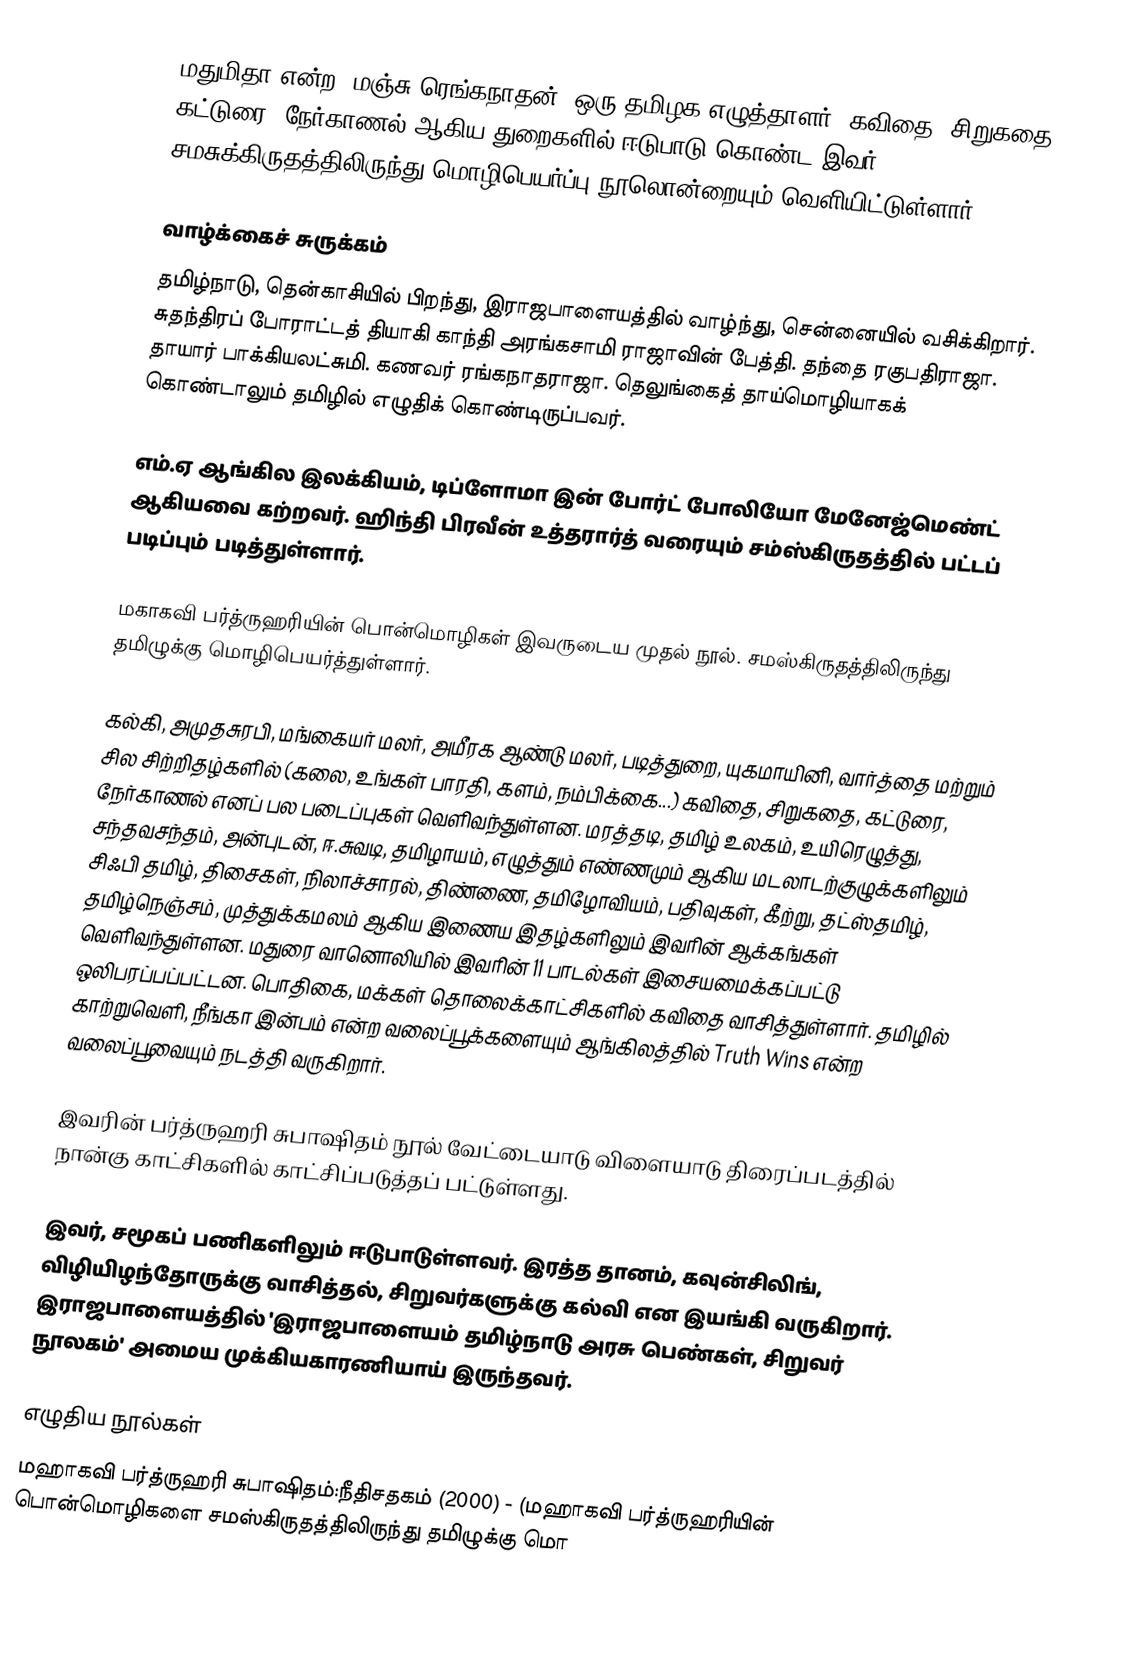
மதுமிதா என்ற "மஞ்சு ரெங்கநாதன்" ஒரு தமிழக எழுத்தாளர். கவிதை, சிறுகதை, கட்டுரை, நேர்காணல் ஆகிய துறைகளில் ஈடுபாடு கொண்ட இவர். சமசுக்கிருதத்திலிருந்து மொழிபெயர்ப்பு நூலொன்றையும் வெளியிட்டுள்ளார்.

வாழ்க்கைச் சுருக்கம்
தமிழ்நாடு, தென்காசியில் பிறந்து, இராஜபாளையத்தில் வாழ்ந்து, சென்னையில் வசிக்கிறார். சுதந்திரப் போராட்டத் தியாகி காந்தி அரங்கசாமி ராஜாவின் பேத்தி. தந்தை ரகுபதிராஜா. தாயார் பாக்கியலட்சுமி. கணவர் ரங்கநாதராஜா. தெலுங்கைத் தாய்மொழியாகக் கொண்டாலும் தமிழில் எழுதிக் கொண்டிருப்பவர்.

எம்.ஏ ஆங்கில இலக்கியம், டிப்ளோமா இன் போர்ட் போலியோ மேனேஜ்மெண்ட் ஆகியவை கற்றவர். ஹிந்தி பிரவீன் உத்தரார்த் வரையும் சம்ஸ்கிருதத்தில் பட்டப் படிப்பும் படித்துள்ளார்.

மகாகவி பர்த்ருஹரியின் பொன்மொழிகள் இவருடைய முதல் நூல். சமஸ்கிருதத்திலிருந்து தமிழுக்கு மொழிபெயர்த்துள்ளார்.

கல்கி, அமுதசுரபி, மங்கையர் மலர், அமீரக ஆண்டு மலர், படித்துறை, யுகமாயினி, வார்த்தை மற்றும் சில சிற்றிதழ்களில் (கலை, உங்கள் பாரதி, களம், நம்பிக்கை...) கவிதை, சிறுகதை, கட்டுரை, நேர்காணல் எனப் பல படைப்புகள் வெளிவந்துள்ளன. மரத்தடி, தமிழ் உலகம், உயிரெழுத்து, சந்தவசந்தம், அன்புடன், ஈ.சுவடி, தமிழாயம், எழுத்தும் எண்ணமும் ஆகிய மடலாடற்குழுக்களிலும் சிஃபி தமிழ், திசைகள், நிலாச்சாரல், திண்ணை, தமிழோவியம், பதிவுகள், கீற்று, தட்ஸ்தமிழ், தமிழ்நெஞ்சம், முத்துக்கமலம் ஆகிய இணைய இதழ்களிலும் இவரின் ஆக்கங்கள் வெளிவந்துள்ளன. மதுரை வானொலியில் இவரின் 11 பாடல்கள் இசையமைக்கப்பட்டு ஒலிபரப்பப்பட்டன. பொதிகை, மக்கள் தொலைக்காட்சிகளில் கவிதை வாசித்துள்ளார். தமிழில் காற்றுவெளி, நீங்கா இன்பம்  என்ற வலைப்பூக்களையும் ஆங்கிலத்தில் Truth Wins என்ற வலைப்பூவையும் நடத்தி வருகிறார்.

இவரின் பர்த்ருஹரி சுபாஷிதம் நூல் வேட்டையாடு விளையாடு திரைப்படத்தில் நான்கு காட்சிகளில் காட்சிப்படுத்தப் பட்டுள்ளது.

இவர், சமூகப் பணிகளிலும் ஈடுபாடுள்ளவர். இரத்த தானம், கவுன்சிலிங், விழியிழந்தோருக்கு வாசித்தல், சிறுவர்களுக்கு கல்வி என இயங்கி வருகிறார். இராஜபாளையத்தில் 'இராஜபாளையம் தமிழ்நாடு அரசு பெண்கள், சிறுவர் நூலகம்' அமைய முக்கியகாரணியாய் இருந்தவர்.

எழுதிய நூல்கள்
 மஹாகவி பர்த்ருஹரி சுபாஷிதம்:நீதிசதகம் (2000) - (மஹாகவி பர்த்ருஹரியின் பொன்மொழிகளை சமஸ்கிருதத்திலிருந்து தமிழுக்கு மொ